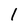
Character: 1